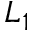
L _ { 1 }